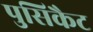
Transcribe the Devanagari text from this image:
पुसिकैट